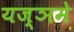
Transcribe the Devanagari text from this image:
यज्ञमे